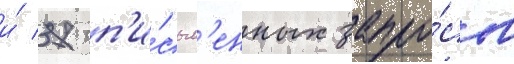
и́ 37 п'и́сьм'енных запро́сов